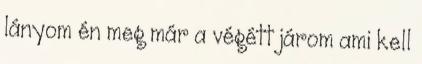
lányom én meg már a végétt járom ami kell